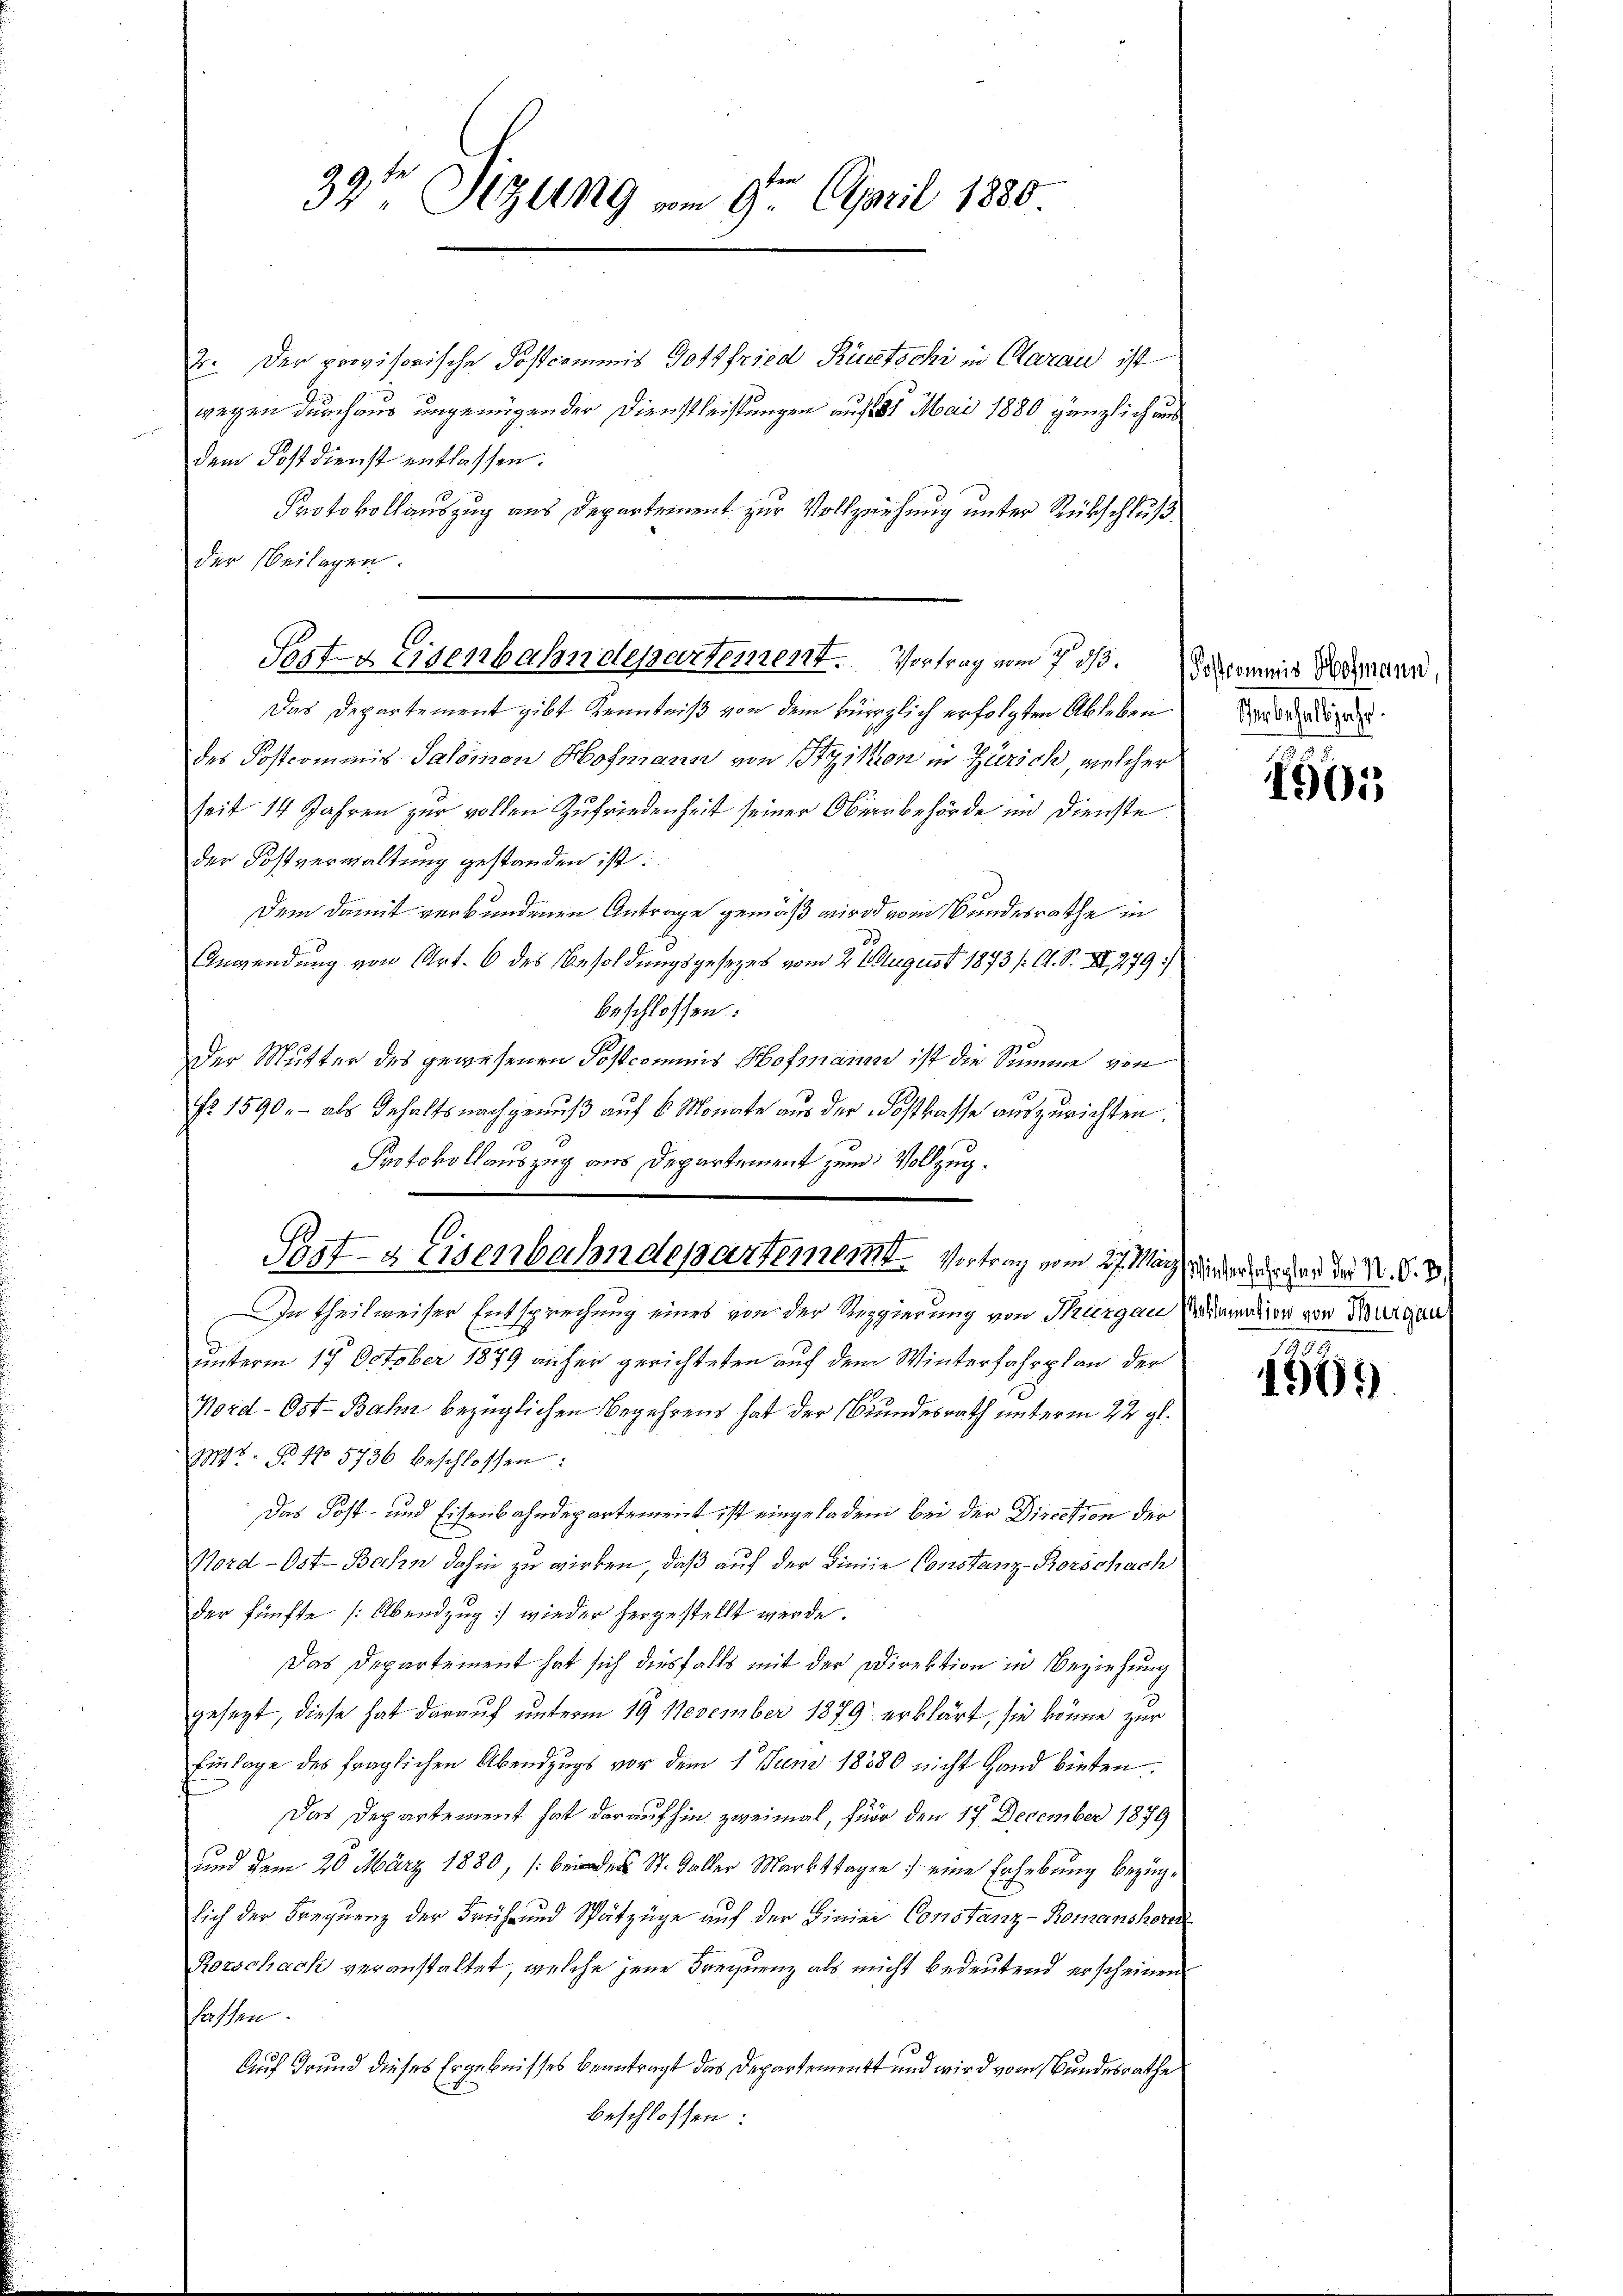
39te Sitzung vom 9. April 1880

4. Der provisorische Postcommis Gottfried Rüstschi in Clarau ist
wegen durchaus ungenügen der Dienstleistungen auf 181. Mai 1880 gänzlich aus
dem Postdienst entlassen.
Protokollauszug aus Departement zur Vollziehung unter Rückschluß
der Beilagen.
Das Departement gibt Kenntniß von dem kürzlich erfolgten Ableben
des Postcommis Salomon Hofmann von Itzikon in Zürich, welcher
seit 14 Jahren zur vollen Zufriedenheit seiner Oberbehörde im Dienste
der Postverwaltung gestanden ist.
Dem damit verbundenen Antrage gemäß wird vom Bundesrathe in
Anwendung von Art. 6 des Besoldungsgesezes vom 2. August 1873 /: A. S. XI, 279)
beschlossen:
Der Mutter des gewesenen Postcommis Hofmann ist die Summe von
Nr. 1590. - als Gehalts nachgenuß auf 6 Monate aus der Kostkasse auszurichten.
Protokollauszug aus Departement zum Vollzug.

Sost- & Eisenbahndepartement. Vortrag vom 7. ds. Solonis dermann,

10.
Post- & Eisenbahndepartement. Vertrag vom 27. Man wird der gar der N. S. 3

In theilweiser Entsprechung eines von der Regierung von Thurgau Viamadier von Thurgau
unterm 17. October 1879 anher gerichteten auf dem Winterfahrplan der
Nord- Ost-Bahn bezüglichen Begehrens hat der Bundesrath unterm 22 gl.
1347. B. 17. 5736 beschlossen:
das Kost- und Eisenbahndepartement ist eingeladen bei der Direction der
Nord- Ost-Bahn dahin zu wirken, daß auf der Linie Constanz-Rorschach
der fünfte (Abendzug wieder hergestellt werde.
Das Departement hat sich diesfalls mit der Direktion in Beziehung
gesezt, diese hat darauf unterm 19. November 1879 erklärt, sie könne zur
Einlage des fraglichen Abendzugs vor dem 1 Juni 1880 nicht Hand bieten.
Das Departement hat daraufhin zweimal, für den 17 December 1879
und dem 20. März 1880, (bei des St. Galler Markttagen eine Erhebung bezüglich der Frequenz der Früh- und Spätzüge auf der Linier Constanz-Romanshorn
Rorschach veranstaltet, welche jene Frequenz als nicht bedeutend erscheinen
lassen.
Auf Grund dieses Ergebnisses beantragt das Departement und wird vom Bundesrathe
beschlossen:

Sterbehalbjahr.

1505

1569